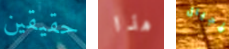
حقيقين هذا الأجيال